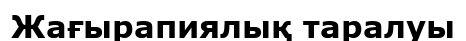
Жағырапиялық таралуы